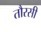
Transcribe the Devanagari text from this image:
तौरसी